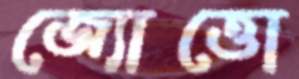
জ্যোত্তো